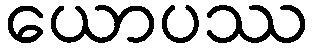
ယောပဿ